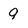
Character: 9